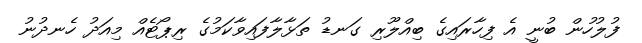
ފުލުހުން ބުނީ އެ ފިހާރައިގެ ބިއްލޫރި ގަނޑު ތަޅާލާފައިވާކަމުގެ ރިޕޯޓެއް މިއަދު ހެނދުނު